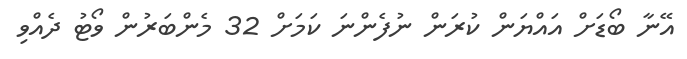
އޭނާ ބޯޑަށް އައްޔަން ކުރަން ނުފެންނަ ކަމަށް 32 މެންބަރުން ވޯޓު ދެއްވި